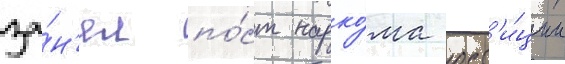
за́н'ял по́ст нарко́ма юст'и́ции